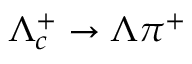
\Lambda _ { c } ^ { + } \to \Lambda \pi ^ { + }